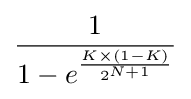
1 \over {1-e^{K\times (1-K) \over 2^{N+1}}}